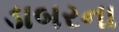
ડાબરના